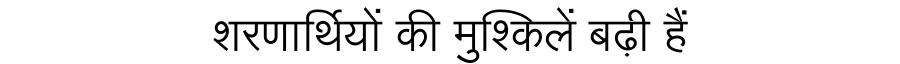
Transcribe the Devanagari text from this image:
शरणार्थियों की मुश्किलें बढ़ी हैं